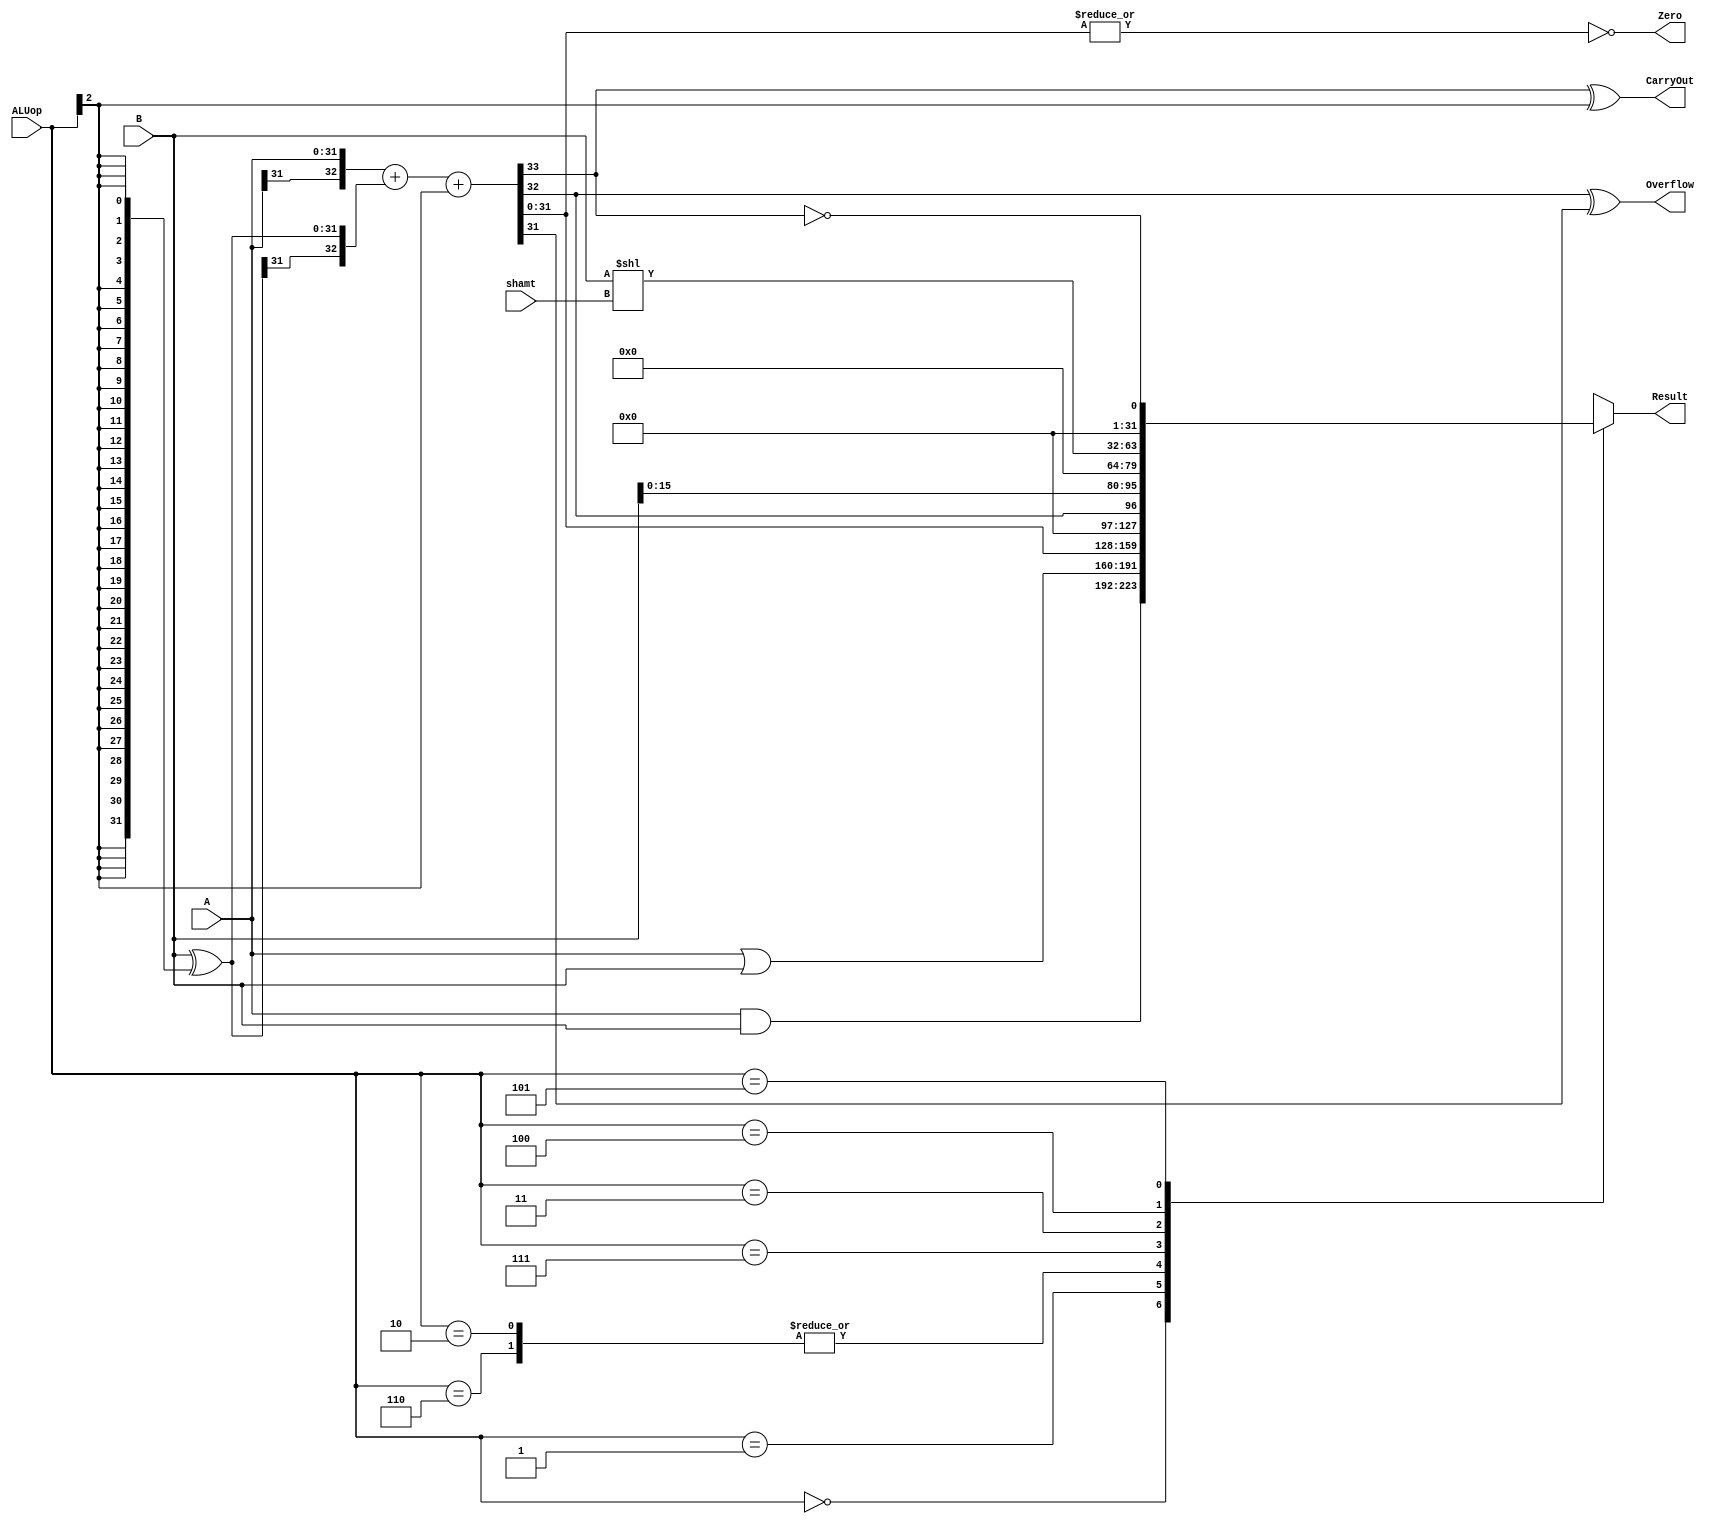
module alu(
	input [31:0] A,
	input [31:0] B,
	input [4:0] shamt,
	input [2:0] ALUop,
	output Overflow,
	output CarryOut,
	output Zero,
	output reg [31:0] Result
);
	wire OF, CF;
    wire [31:0] B_OP, Result_AND, Result_OR, Result_PLUS, Result_LUI, Result_SLL, Result_SLTU;
    
    always@(*)
    begin
       case(ALUop)
       3'b000: Result<=Result_AND;
       3'b001: Result<=Result_OR;
       3'b010, 3'b110: Result<=Result_PLUS;
       3'b111: Result<=Result_SLT;
       3'b011: Result<=Result_LUI;
       3'b100: Result<=Result_SLL;
       3'b101: Result<=Result_SLTU;
       default: Result<=32'b0;
       endcase
    end
    
    assign Result_AND=A&B;
    assign Result_OR=A|B;
    assign B_OP=B^{32{ALUop[2]}};
    assign {CF, OF, Result_PLUS}={A[31], A}+{B_OP[31], B_OP}+ALUop[2];
    assign Result_SLT={31'b0, OF};
    assign Result_LUI={B[15:0], 16'b0};
    assign Result_SLL=B<<shamt;
    assign Result_SLTU={31'b0, ~CF};
    assign Overflow=OF^Result_PLUS[31];
    assign CarryOut=CF^ALUop[2];
    assign Zero=~|Result_PLUS;

endmodule